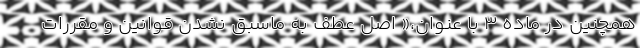
همچنین در ماده ۳ با عنوان،« اصل عطف به ماسبق نشدن قوانین و مقررات